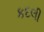
કદલી